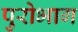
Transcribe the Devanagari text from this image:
पुरोभाग